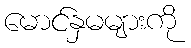
မောင်နှမများကို